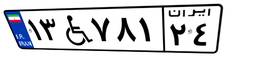
۱۳W۷۸۱۲۴